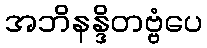
အဘိနန္ဒိတဗ္ဗံပေ